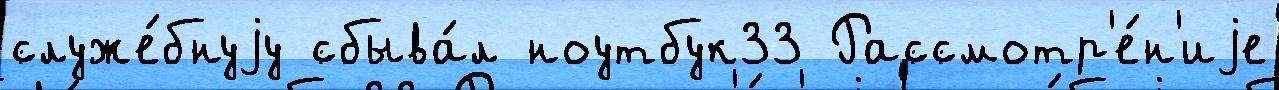
служе́бнуjу сбыва́л ноутбук33 Рассмотр'е́н'иjе